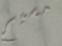
مسيح